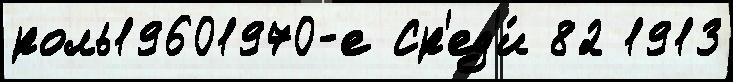
роль19601970-е Ср'ед'и́ 82 1913